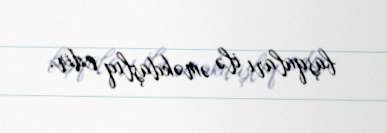
başqaları ilə əməkdaşlıq edir.